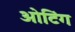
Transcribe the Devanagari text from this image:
ओटिंग